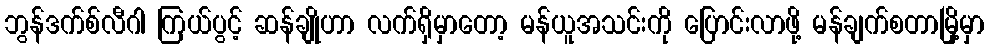
ဘွန်ဒက်စ်လီဂါ ကြယ်ပွင့် ဆန်ချိုဟာ လက်ရှိမှာတော့ မန်ယူအသင်းကို ပြောင်းလာဖို့ မန်ချက်စတာမြို့မှာ